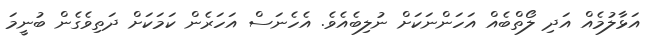
އަޅާލުމެއް އަދި ލޯތްބެއް އަހަންނަކަށް ނުލިބެއެވެ. އެހެނަސް އަހަރެން ކަމަކަށް ދަތިވެގެން ބުނީމަ